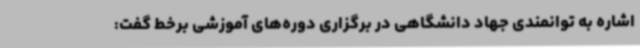
اشاره به توانمندی جهاد دانشگاهی در برگزاری دوره‌های آموزشی برخط گفت: